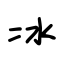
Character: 冰